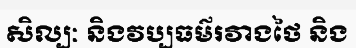
សិល្បៈ និងវប្បធម៌រវាងថៃ និង